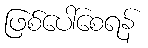
ဖြစ်ပေါ်စေရန်